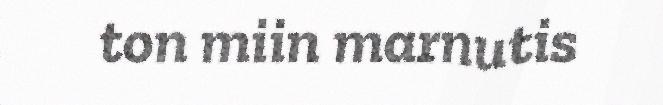
ton miin marnutis